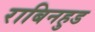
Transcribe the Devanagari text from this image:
राबिनहुड